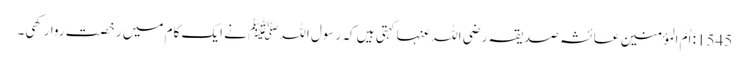
1545: اُمّ المؤمنین عائشہ صدیقہ رضی اللہ عنہا کہتی ہیں کہ رسول اللہﷺ نے ایک کام میں رخصت روا رکھی۔